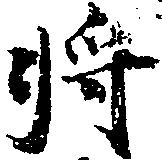
将